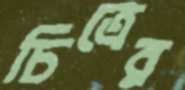
চিত্রের